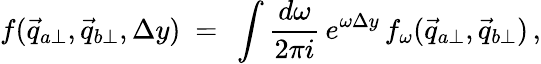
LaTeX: f(\vec{q}_{a\perp},\vec{q}_{b\perp},\Delta y)\ =\ \int{\frac{d\omega}{2\pi i}}\, e^{\omega\Delta y}\, f_{\omega}(\vec{q}_{a\perp},\vec{q}_{b\perp})\, ,